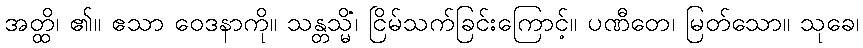
အတ္ထိ၊ ၏။ ဧသာ ဝေဒနာကို။ သန္တသ္မိံ၊ ငြိမ်သက်ခြင်းကြောင့်။ ပဏီတေ၊ မြတ်သော။ သုခေ၊